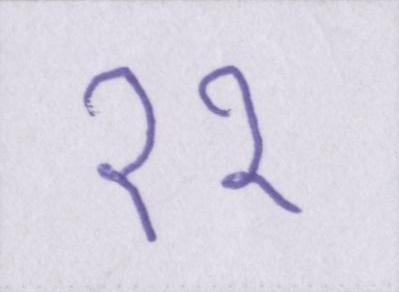
११